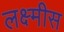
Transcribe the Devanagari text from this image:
लक्ष्मीस